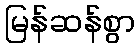
မြန်ဆန်စွာ